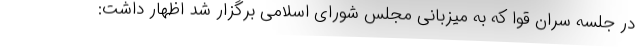
در جلسه سران قوا که به میزبانی مجلس شورای اسلامی برگزار شد اظهار داشت: